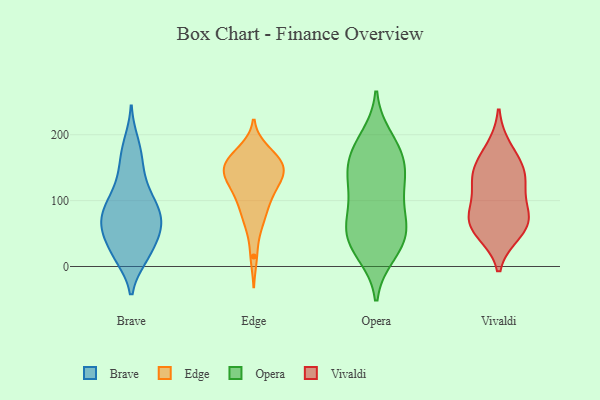
{"axis": {"x": "Budget (USD K)", "y": "Value"}, "legend": ["Brave", "Edge", "Opera", "Vivaldi"], "data": [{"x": "", "y": 168, "type": "Brave"}, {"x": "", "y": 13, "type": "Brave"}, {"x": "", "y": 107, "type": "Brave"}, {"x": "", "y": 51, "type": "Brave"}, {"x": "", "y": 89, "type": "Brave"}, {"x": "", "y": 72, "type": "Brave"}, {"x": "", "y": 45, "type": "Brave"}, {"x": "", "y": 51, "type": "Brave"}, {"x": "", "y": 125, "type": "Brave"}, {"x": "", "y": 148, "type": "Brave"}, {"x": "", "y": 16, "type": "Brave"}, {"x": "", "y": 71, "type": "Brave"}, {"x": "", "y": 84, "type": "Brave"}, {"x": "", "y": 96, "type": "Brave"}, {"x": "", "y": 57, "type": "Brave"}, {"x": "", "y": 14, "type": "Brave"}, {"x": "", "y": 189, "type": "Brave"}, {"x": "", "y": 157, "type": "Edge"}, {"x": "", "y": 130, "type": "Edge"}, {"x": "", "y": 121, "type": "Edge"}, {"x": "", "y": 176, "type": "Edge"}, {"x": "", "y": 157, "type": "Edge"}, {"x": "", "y": 15, "type": "Edge"}, {"x": "", "y": 115, "type": "Edge"}, {"x": "", "y": 143, "type": "Edge"}, {"x": "", "y": 128, "type": "Edge"}, {"x": "", "y": 57, "type": "Edge"}, {"x": "", "y": 144, "type": "Edge"}, {"x": "", "y": 107, "type": "Edge"}, {"x": "", "y": 93, "type": "Edge"}, {"x": "", "y": 151, "type": "Edge"}, {"x": "", "y": 151, "type": "Edge"}, {"x": "", "y": 82, "type": "Edge"}, {"x": "", "y": 74, "type": "Edge"}, {"x": "", "y": 149, "type": "Edge"}, {"x": "", "y": 174, "type": "Edge"}, {"x": "", "y": 163, "type": "Edge"}, {"x": "", "y": 54, "type": "Opera"}, {"x": "", "y": 178, "type": "Opera"}, {"x": "", "y": 59, "type": "Opera"}, {"x": "", "y": 195, "type": "Opera"}, {"x": "", "y": 140, "type": "Opera"}, {"x": "", "y": 107, "type": "Opera"}, {"x": "", "y": 120, "type": "Opera"}, {"x": "", "y": 70, "type": "Opera"}, {"x": "", "y": 45, "type": "Opera"}, {"x": "", "y": 38, "type": "Opera"}, {"x": "", "y": 24, "type": "Opera"}, {"x": "", "y": 161, "type": "Opera"}, {"x": "", "y": 132, "type": "Opera"}, {"x": "", "y": 19, "type": "Opera"}, {"x": "", "y": 81, "type": "Opera"}, {"x": "", "y": 151, "type": "Opera"}, {"x": "", "y": 180, "type": "Opera"}, {"x": "", "y": 142, "type": "Vivaldi"}, {"x": "", "y": 78, "type": "Vivaldi"}, {"x": "", "y": 59, "type": "Vivaldi"}, {"x": "", "y": 66, "type": "Vivaldi"}, {"x": "", "y": 150, "type": "Vivaldi"}, {"x": "", "y": 52, "type": "Vivaldi"}, {"x": "", "y": 81, "type": "Vivaldi"}, {"x": "", "y": 119, "type": "Vivaldi"}, {"x": "", "y": 134, "type": "Vivaldi"}, {"x": "", "y": 179, "type": "Vivaldi"}]}